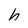
Character: h